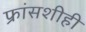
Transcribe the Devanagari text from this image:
फ्रांसशीही